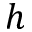
h